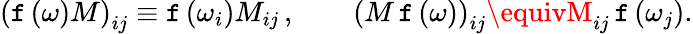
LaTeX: \left(\mathtt{f}\left(\omega\right)M\right)_{ij}\equiv\mathtt{f}\left(\omega_{i}\right)M_{ij}\, ,\qquad\left(M\, \mathtt{f}\left(\omega\right)\right)_{ij}\equivM_{ij}\, \mathtt{f}\left(\omega_{j}\right).